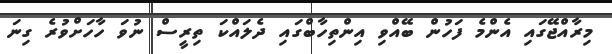
މިރާއްޖޭގައި އެންމެ ފަހުން ބޭއްވި އިންތިހާބްގައި ދެލައްކަ ތިރީސް ނުވަ ހާހަށްވުރެ ގިނަ